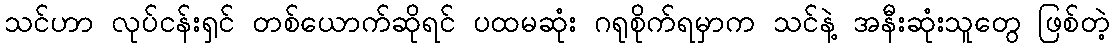
သင်ဟာ လုပ်ငန်းရှင် တစ်ယောက်ဆိုရင် ပထမဆုံး ဂရုစိုက်ရမှာက သင်နဲ့ အနီးဆုံးသူတွေ ဖြစ်တဲ့